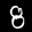
Label: 8